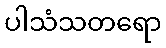
ပါသံသတရော